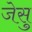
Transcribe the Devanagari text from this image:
जेसु